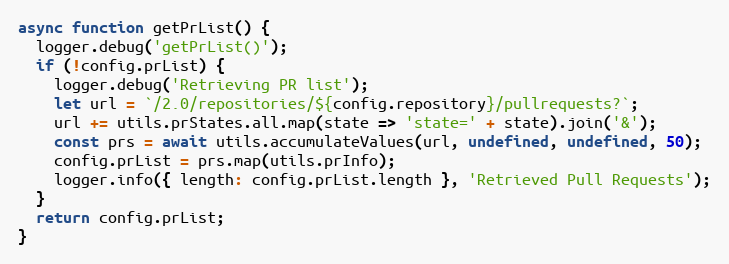
Language: JavaScript
async function getPrList() {
  logger.debug('getPrList()');
  if (!config.prList) {
    logger.debug('Retrieving PR list');
    let url = `/2.0/repositories/${config.repository}/pullrequests?`;
    url += utils.prStates.all.map(state => 'state=' + state).join('&');
    const prs = await utils.accumulateValues(url, undefined, undefined, 50);
    config.prList = prs.map(utils.prInfo);
    logger.info({ length: config.prList.length }, 'Retrieved Pull Requests');
  }
  return config.prList;
}